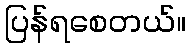
ပြန်ရစေတယ်။